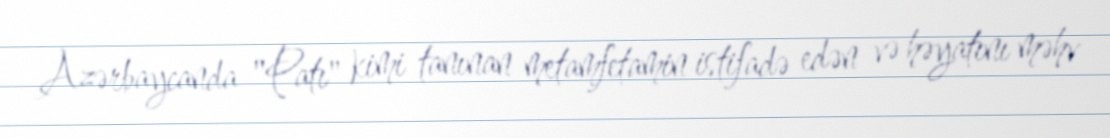
Azərbaycanda "Patı" kimi tanınan metamfetamin istifadə edən və həyatını məhv